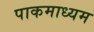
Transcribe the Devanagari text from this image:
पाकमाध्यम